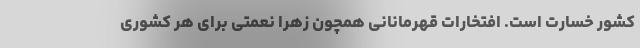
کشور خسارت است. افتخارات قهرمانانی همچون زهرا نعمتی برای هر کشوری